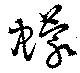
蠓